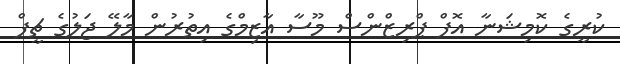
ކުރީގެ ކޮމިޝަނާ އޮފް ޕްރިޒްންސް މޫސާ އާޒިމްގެ އިތުރުން މާލޭ ޖަލުގެ ޗީފް